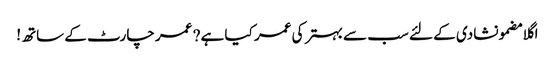
اگلا مضمونشادی کے لئے سب سے بہتر کی عمر کیا ہے? عمر چارٹ کے ساتھ!